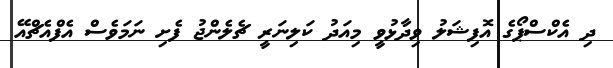
ދި އެކްސްޕޯގެ އޮފިޝަލު ވިދާޅުވީ މިއަދު ކަލިނަރީ ޗެލެންޖު ފެށި ނަމަވެސް އެފްއެޗްއޭ